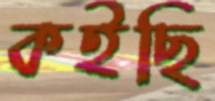
কইছি